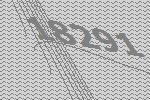
18291